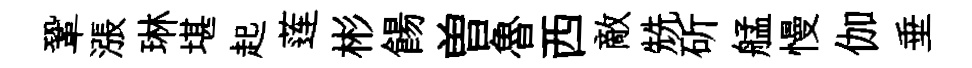
鞏漲琳堪起莲彬餳曽魯西敵兟斫艋慢伽垂